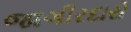
જાગીરદારો